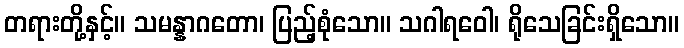
တရားတို့နှင့်။ သမန္နာဂတော၊ ပြည့်စုံသော။ သဂါရဝေါ၊ ရိုသေခြင်းရှိသော။